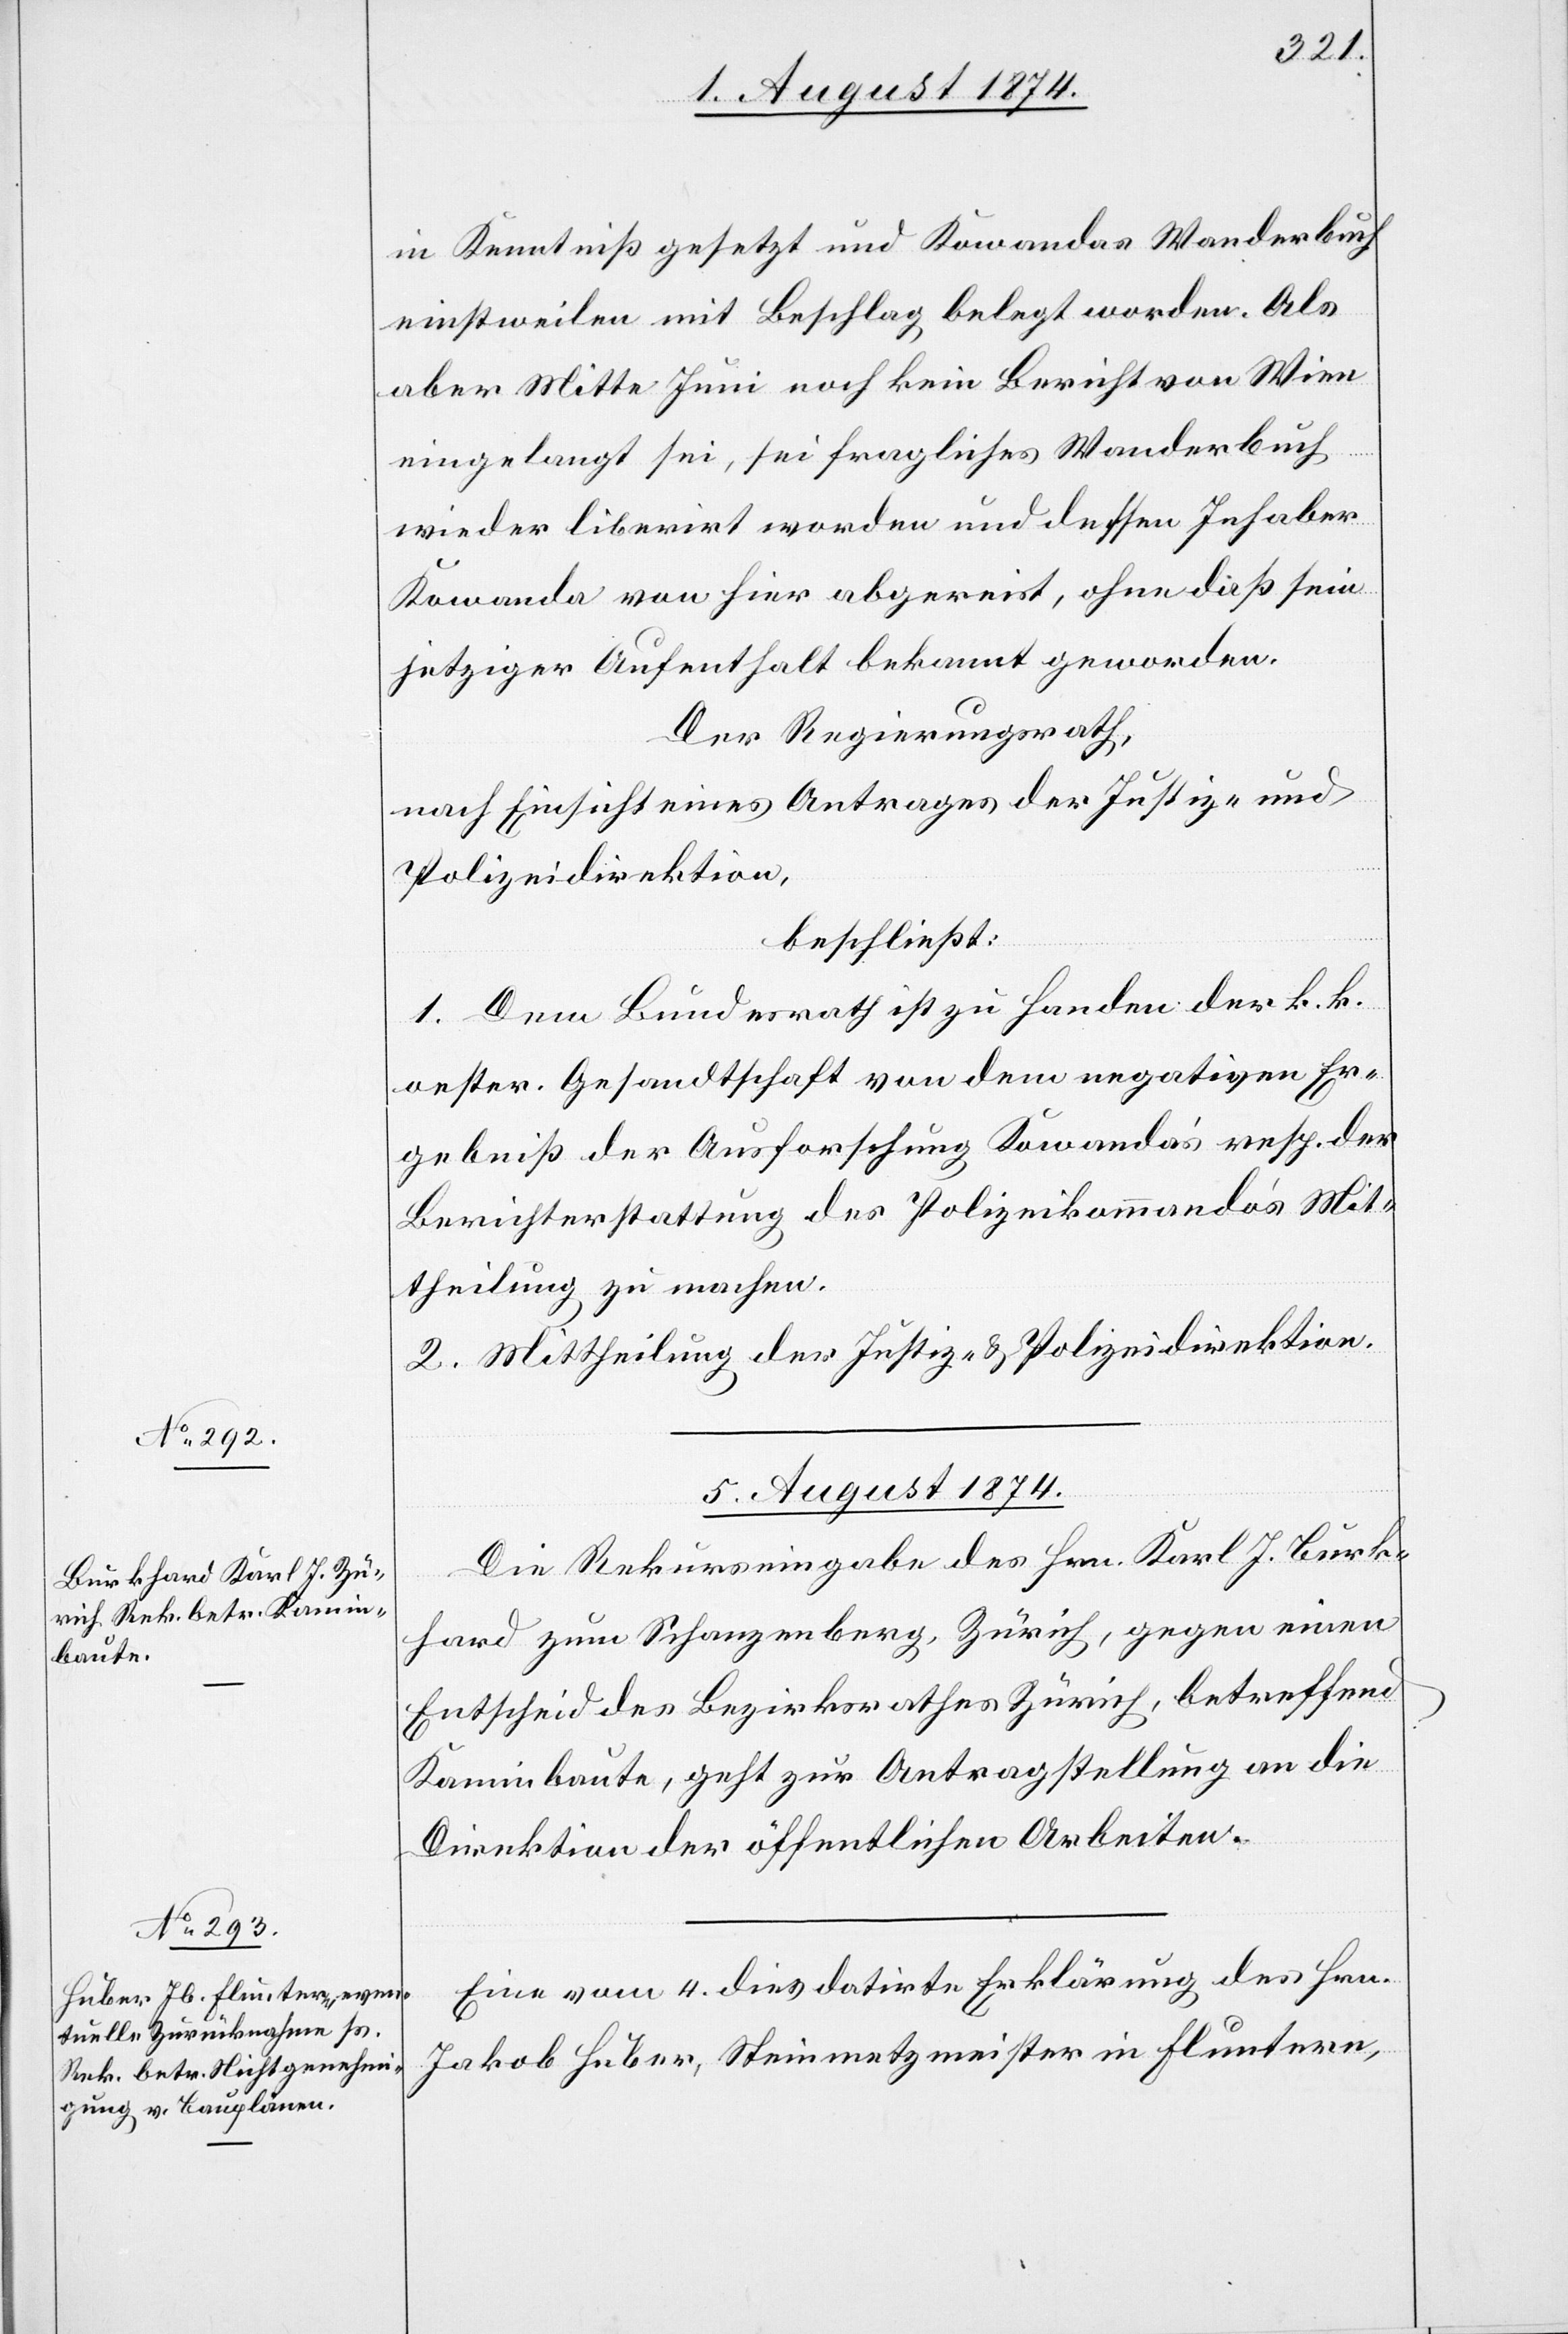
in Kenntniß gesetzt und Kowandas Wanderbuch
einstweilen mit Beschlag belegt worden. Als
aber Mitte Juni noch kein Bericht von Wien
eingelangt sei, sei fragliches Wanderbuch
wieder liberirt worden und dessen Inhaber
Kowanda von hier abgereist, ohne daß sein
jetztiger Aufenthalt bekannt geworden.
Der Regierungsrath,
nach Einsicht eines Antrages der Justiz- und
Polizeidirektion,
beschließt:
1. Dem Bundesrath ist zu Handen der k. k.
oester. Gesandtschaft von dem negativen Er¬
gebniß der Ausforschung Kowanda’s resp. der
Berichterstattung des Polizeikommando’s Mit¬
theilung zu machen.
2. Mittheilung der Justiz- u. Polizeidirektion.
5. August 1874.]
Die Rekurseingabe des Hrn. Karl J. Burk¬
hard zum Schanzenberg, Zürich, gegen einen
Entscheid des Bezirksrathes Zürich, betreffend
Kaminbaute, geht zur Antragstellung an die
Direktion der öffentlichen Arbeiten.
Eine vom 4. dies datirte Erklärung des Hrn.
Jakob Huber, Steinmetzmeister in Fluntern,